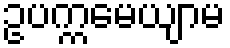
ဥပက္ကမေယျာမ